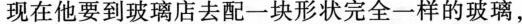
现在他要到玻璃店去配一块形状完全一样的玻璃，